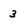
Character: 3